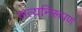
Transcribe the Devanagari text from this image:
सत्यनिरूपण